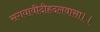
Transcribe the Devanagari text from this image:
सगवावीदीहदलवासा।।